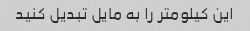
این کیلومتر را به مایل تبدیل کنید